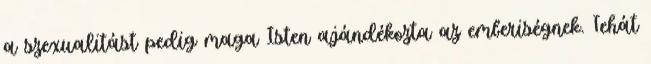
a szexualitást pedig maga Isten ajándékozta az emberiségnek. Tehát